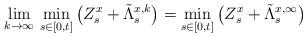
LaTeX: \begin{align*}\lim_{k\to\infty}\,\min_{s\in[0,t]} \big(Z^x_s+\tilde{\Lambda}^{x,k}_s\big) =\min_{s\in[0,t]} \big(Z^x_s+\tilde{\Lambda}^{x,\infty}_s\big)\end{align*}